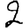
Digit: 2